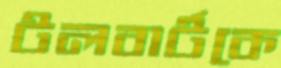
টলবার্টকে